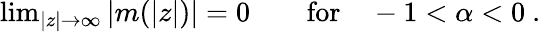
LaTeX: \begin{array}{r}{\operatorname*{lim}_{|z|\to\infty}|m(|z|)|=0\qquad\mathrm{for}\quad-1<\alpha<0\ .}\end{array}